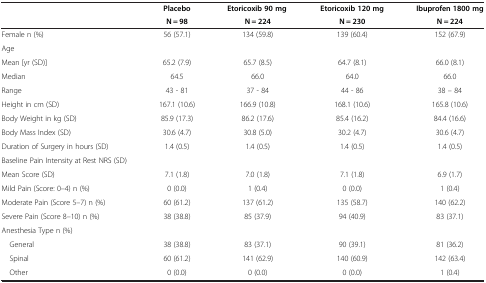
|  | Placebo | Etoricoxib 90 mg | Etoricoxib 120 mg | Ibuprofen 1800 mg |
 |  | N = 98 | N = 224 | N = 230 | N = 224 |
 | --- | --- | --- | --- | --- |
 | Female n (%) | 56 (57.1) | 134 (59.8) | 139 (60.4) | 152 (67.9) |
 | Age |  |  |  |  |
 | Mean [yr (SD)] | 65.2 (7.9) | 65.7 (8.5) | 64.7 (8.1) | 66.0 (8.1) |
 | Median | 64.5 | 66.0 | 64.0 | 66.0 |
 | Range | 43 - 81 | 37 - 84 | 44 - 86 | 38 – 84 |
 | Height in cm (SD) | 167.1 (10.6) | 166.9 (10.8) | 168.1 (10.6) | 165.8 (10.6) |
 | Body Weight in kg (SD) | 85.9 (17.3) | 86.2 (17.6) | 85.4 (16.2) | 84.4 (16.6) |
 | Body Mass Index (SD) | 30.6 (4.7) | 30.8 (5.0) | 30.2 (4.7) | 30.6 (4.7) |
 | Duration of Surgery in hours (SD) | 1.4 (0.5) | 1.4 (0.5) | 1.4 (0.5) | 1.4 (0.5) |
 | Baseline Pain Intensity at Rest NRS (SD) |  |  |  |  |
 | Mean Score (SD) | 7.1 (1.8) | 7.0 (1.8) | 7.1 (1.8) | 6.9 (1.7) |
 | Mild Pain (Score: 0–4) n (%) | 0 (0.0) | 1 (0.4) | 0 (0.0) | 1 (0.4) |
 | Moderate Pain (Score 5–7) n (%) | 60 (61.2) | 137 (61.2) | 135 (58.7) | 140 (62.2) |
 | Severe Pain (Score 8–10) n (%) | 38 (38.8) | 85 (37.9) | 94 (40.9) | 83 (37.1) |
 | Anesthesia Type n (%) |  |  |  |  |
 | General | 38 (38.8) | 83 (37.1) | 90 (39.1) | 81 (36.2) |
 | Spinal | 60 (61.2) | 141 (62.9) | 140 (60.9) | 142 (63.4) |
 | Other | 0 (0.0) | 0 (0.0) | 0 (0.0) | 1 (0.4) |